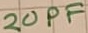
Text: 20PF